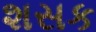
શસક